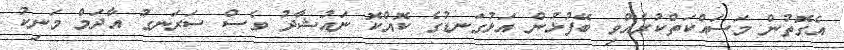
އެގޮތުން މަސައްކަތްކުރެއްވި ބޭފުޅުން އަޅުގަނޑުގެ ކޮއްކޮ ނައުޝާދު ވެސް ސަރަނގު އާދަމް މަނިކު